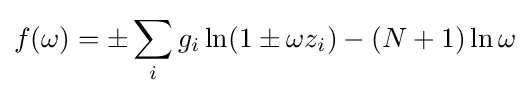
f(\omega )=\pm \sum _{i}g_{i}\ln(1\pm \omega z_{i})-(N+1)\ln \omega